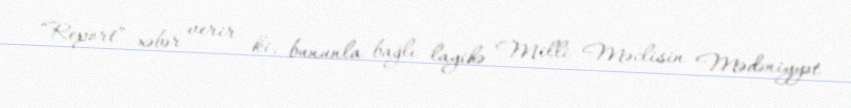
“Report” xəbər verir ki, bununla bağlı layihə Milli Məclisin Mədəniyyət